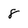
Character: 8